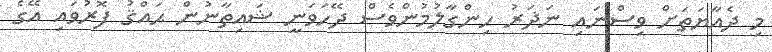
މި ދެއާޔަތަށް ވިސްނައި ނަޛަރު ހިންގާލުމުންވެސް ދޭހަވަނީ ޝައިތާނުން ޙައްޤު ފޮރުވައި އޭގެ